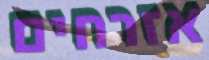
אזרחים